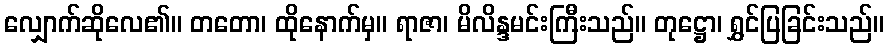
လျှောက်ဆိုလေ၏။ တတော၊ ထိုနောက်မှ။ ရာဇာ၊ မိလိန္ဒမင်းကြီးသည်။ တုဋ္ဌော၊ ရွှင်ပြခြင်းသည်။